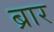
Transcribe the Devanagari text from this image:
ब्रार